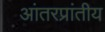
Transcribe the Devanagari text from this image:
आंतरप्रांतीय